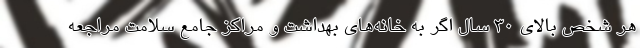
هر شخص بالای ۳۰ سال اگر به خانه‌های بهداشت و مراکز جامع سلامت مراجعه